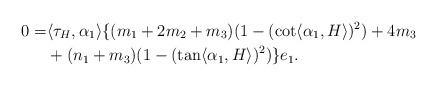
LaTeX: \begin{align*}0=&\langle \tau_{H}, \alpha_{1} \rangle\{(m_{1}+2m_{2}+m_{3}) (1-(\cot \langle \alpha_{1}, H\rangle )^{2}) +4m_{3} \\&+ (n_{1}+m_{3}) (1-(\tan \langle \alpha_{1}, H\rangle )^{2})\} e_{1}.\end{align*}